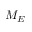
M _ { E }